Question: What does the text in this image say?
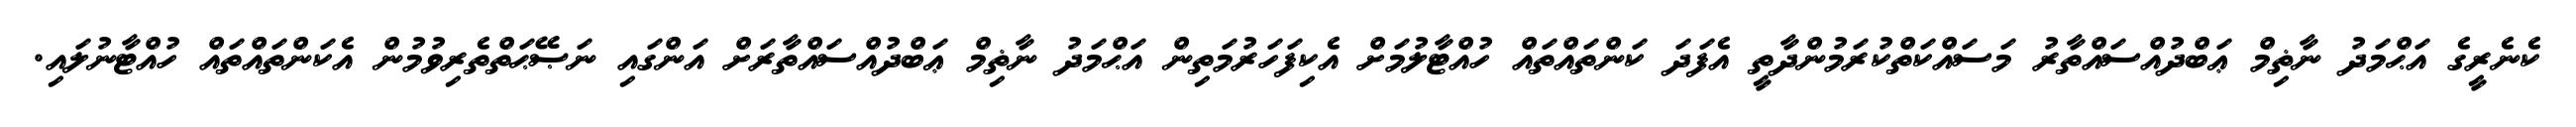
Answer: ކެނެރީގެ އަޙްމަދު ނާޡިމް ޢަބްދުއްސައްތާރު މަސައްކަތްކުރަމުންދާތީ އެފަދަ ކަންތައްތައް ހުއްޓާލުމަށް އެކިފަހަރުމަތިން އަޙްމަދު ނާޡިމް ޢަބްދުއްސައްތާރަށް އަންގައި ނަޞޭޙަތްތެރިވުމުން އެކަންތައްތައް ހުއްޓާނުލައި.